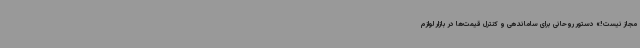
مجاز نیست!» دستور روحانی برای ساماندهی و کنترل قیمت‌ها در بازار لوازم